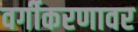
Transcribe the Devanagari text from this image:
वर्गीकरणावर